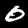
Digit: 0